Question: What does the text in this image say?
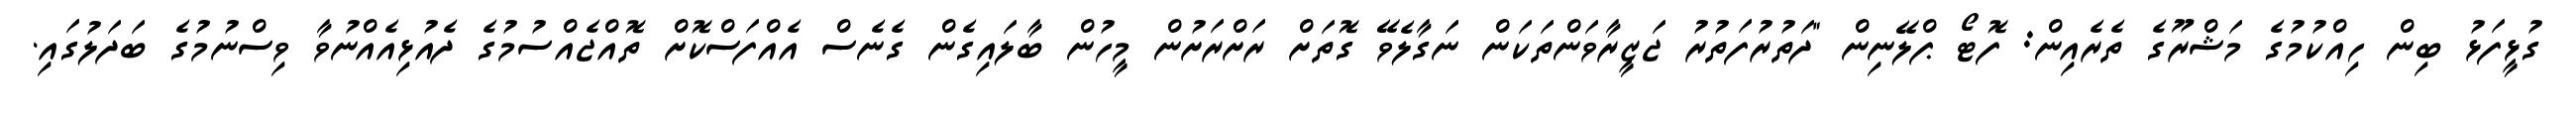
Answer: ގުޅީފަޅު ބިން ހިއްކުމުގެ މަޝްރޫގެ ތެރެއިން: ފޮޓޯ ޕްލޭނިން "ދަތުރުފަތުރު ޖަޒީރާވަންތަކަން ނަގާލެވޭ ގޮތަށް ރަށްރަށުން މީހުން ބާލައިގެން ގެނެސް އެއްފަސްކޮށް ތޮއްޖެއްސުމުގެ ދެއުޅިއެއްނުވާ ވިސްނުމުގެ ބަދަލުގައި.